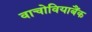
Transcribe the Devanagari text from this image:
वाचोवियाबैंक